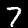
Label: 7